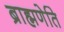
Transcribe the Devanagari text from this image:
ब्राह्मणेति